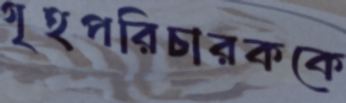
গৃহপরিচারককে